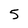
Character: 5